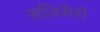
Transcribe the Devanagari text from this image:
रुज़ियेरो